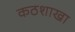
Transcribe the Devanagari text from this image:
कठशाखा